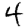
Digit: 4